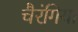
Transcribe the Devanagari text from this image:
चैरंगिया